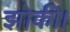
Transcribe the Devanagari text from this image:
झोकी।